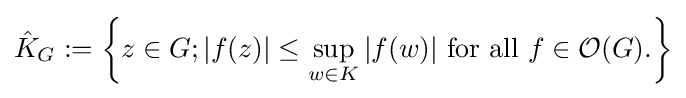
{\hat {K}}_{G}:=\left\{z\in G;|f(z)|\leq \sup _{w\in K}|f(w)|{\text{ for all }}f\in {\mathcal {O}}(G).\right\}